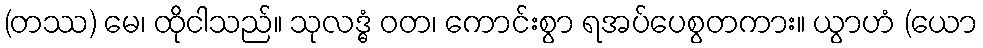
(တဿ) မေ၊ ထိုငါသည်။ သုလဒ္ဓံ ဝတ၊ ကောင်းစွာ ရအပ်ပေစွတကား။ ယွာဟံ (ယော